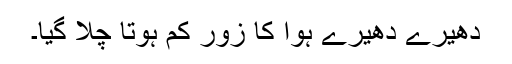
دھیرے دھیرے ہوا کا زور کم ہوتا چلا گیا۔